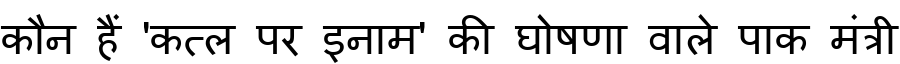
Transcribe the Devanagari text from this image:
कौन हैं 'कत्ल पर इनाम' की घोषणा वाले पाक मंत्री